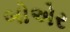
બોએર